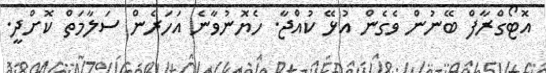
އޮޓޯގްރާފް ބޭނުން ވެގެން އުޅޭ ކުއްޖާ. ހެޔޮނުވާނެ އަހަރެން ސަލާމަތް ކޮށްދީ.